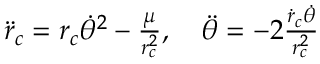
\begin{array} { r } { \ddot { r } _ { c } = r _ { c } \dot { \theta } ^ { 2 } - \frac { \mu } { r _ { c } ^ { 2 } } , \quad \ddot { \theta } = - 2 \frac { \dot { r } _ { c } \dot { \theta } } { r _ { c } ^ { 2 } } } \end{array}